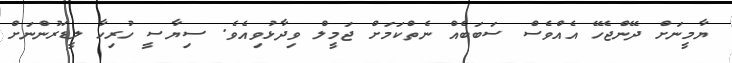
ޔާމީނަށް ދޭންޖެހޭ އެއްވެސް ސަބަބެއް ނެތްކަމަށް ޖަމީލް ވިދާޅުވިއެވެ. ސިޔާސީ ހުރިހާ ލީޑަރުންނަށް